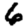
Digit: 6